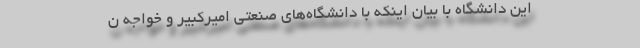
این دانشگاه با بیان اینکه با دانشگاه‌های صنعتی امیرکبیر و خواجه ن